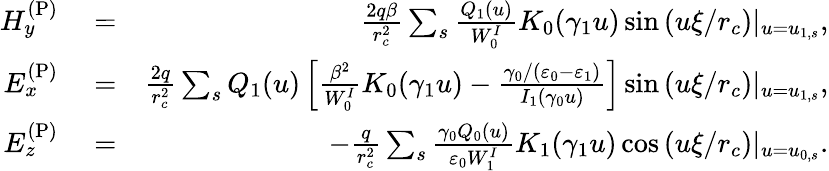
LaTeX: \begin{array}{rlr}{H_{y}^{\mathrm{(P)}}}&{{}=}&{\frac{2q\beta}{r_{c}^{2}}\sum_{s}\frac{Q_{1}(u)}{W_{0}^{I}}K_{0}(\gamma_{1}u)\sin\left(u\xi/r_{c}\right)|_{u=u_{1,s}},}\\ {E_{x}^{\mathrm{(P)}}}&{{}=}&{\frac{2q}{r_{c}^{2}}\sum_{s}Q_{1}(u)\left[\frac{\beta^{2}}{W_{0}^{I}}K_{0}(\gamma_{1}u)-\frac{\gamma_{0}/(\varepsilon_{0}-\varepsilon_{1})}{I_{1}(\gamma_{0}u)}\right]\sin\left(u\xi/r_{c}\right)|_{u=u_{1,s}},}\\ {E_{z}^{\mathrm{(P)}}}&{{}=}&{-\frac{q}{r_{c}^{2}}\sum_{s}\frac{\gamma_{0}Q_{0}(u)}{\varepsilon_{0}W_{1}^{I}}K_{1}(\gamma_{1}u)\cos\left(u\xi/r_{c}\right)|_{u=u_{0,s}}.}\end{array}